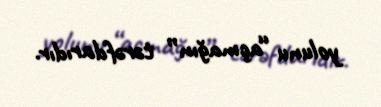
yolunu “açmağın” tərəfdarıdır.